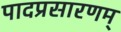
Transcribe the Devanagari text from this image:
पादप्रसारणम्